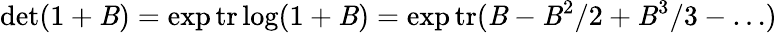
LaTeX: \operatorname*{det}(1+\mathit{B})=\exp\mathrm{{tr}}\log(1+\mathit{B})=\exp\mathrm{{tr}}(\mathit{B}-\mathit{B}^{2}/2+\mathit{B}^{3}/3-\dots)